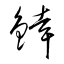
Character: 﨨